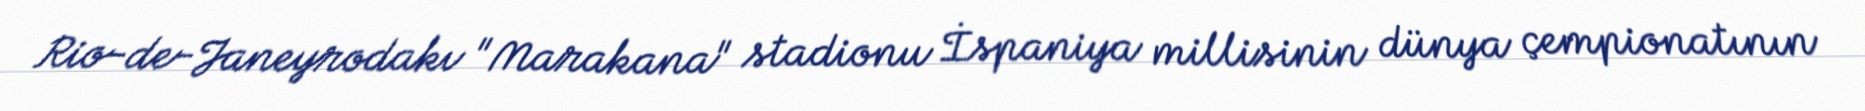
Rio-de-Janeyrodakı "Marakana" stadionu İspaniya millisinin dünya çempionatının